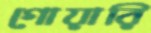
গোয়ারি